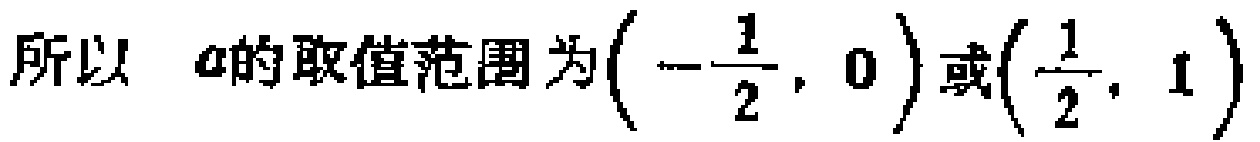
所以 \(a\)的取值范围为\(\left(-\dfrac{1}{2},0\right)\)或\(\left(\dfrac{1}{2},1\right)\)